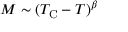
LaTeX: M \sim ( T _ { \mathrm { C } } - T ) ^ { \beta }